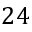
2 4